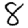
Digit: 8